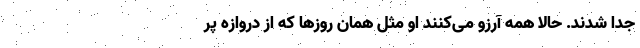
جدا شدند. حالا همه آرزو می‌کنند او مثل همان روزها که از دروازه پر